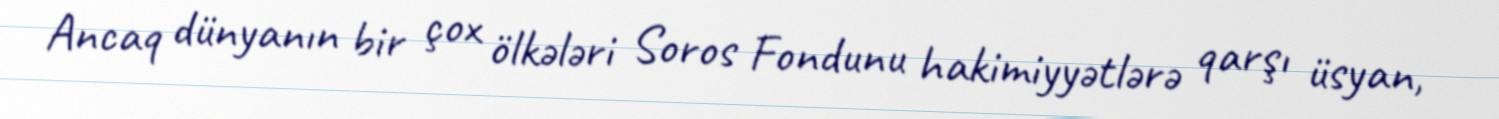
Ancaq dünyanın bir çox ölkələri Soros Fondunu hakimiyyətlərə qarşı üsyan,